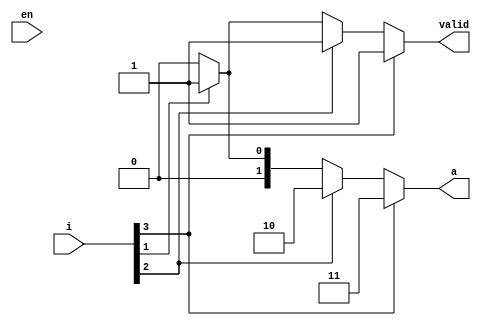
`timescale 1ns / 1ps
//////////////////////////////////////////////////////////////////
//
// Michael Rudy & Russell Brooks
// University of Kentucky
// EE 480 Spring 2014
//
// Module: encoder.v
// Dependencies: N/A
//
// Description: Encodes all the things
//
//
//////////////////////////////////////////////////////////////////
module encoder(i, en, a, valid); 

  input [3:0] i;
  input en;
  output reg [1:0] a;
  output reg valid;
  
  always @(i or en)
  begin  
    if (!en)
	 begin
	   a     <= 0;
		valid <= 0;
	 end
    if (i[3]) 
	 begin
      a     <= 2'b11; 
		valid <= 1;
	 end
	 else if (i[2])
	 begin
      a     <= 2'b10;
      valid <= 1;		
    end
    else if (i[1]) 
	 begin
      a     <= 2'b01;
	   valid <= 1;	
	 end
    else 
	 begin
      a     <= 2'b00;
      valid <= 0;	
    end		
  end
  
endmodule